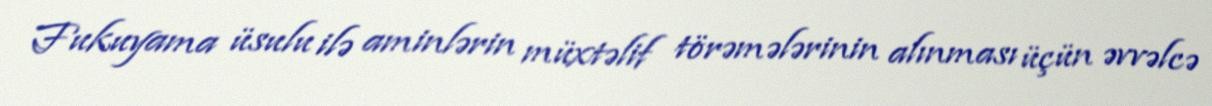
Fukuyama üsulu ilə aminlərin müxtəlif törəmələrinin alınması üçün əvvəlcə